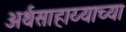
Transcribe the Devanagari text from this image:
अर्थसाहाय्याच्या